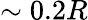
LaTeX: \sim 0.2R